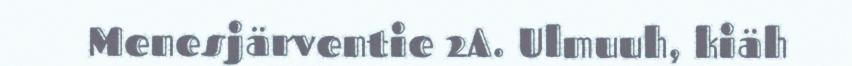
Menesjärventie 2A. Ulmuuh, kiäh